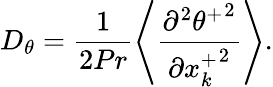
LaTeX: D_{\theta}=\frac{1}{2Pr}\left<\frac{\partial^{2}{\theta^{+}}^{2}}{\partial{x_{k}^{+}}^{2}}\right>.